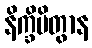
နိက္ခိပိတွာန